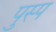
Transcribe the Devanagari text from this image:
पुस्प